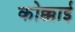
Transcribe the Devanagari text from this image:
कोक्काई